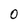
Character: 0